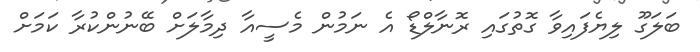
ބަލަގޫ ލިޔެފައިވާ ގޮތުގައި ރޮނާލްޑޯ އެ ނަމުން މެސީއާ ދިމާލަށް ބޭނުންކުރާ ކަމަށް